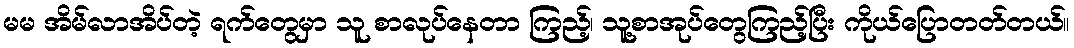
မမ အိမ်လာအိပ်တဲ့ ရက်တွေမှာ သူ စာလုပ်နေတာ ကြည့်၊ သူ့စာအုပ်တွေကြည့်ပြီး ကိုယ်ပြောတတ်တယ်။